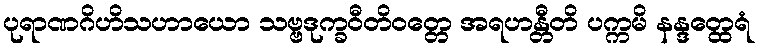
ပုရာဏဂိဟိသဟာယော သဗ္ဗဒုက္ခဝီတိဝတ္တေ အရဟန္တီတိ ပက္ကမိ နန္ဒတ္ထေရံ